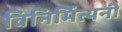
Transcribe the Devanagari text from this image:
विनिर्मित्यनी